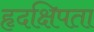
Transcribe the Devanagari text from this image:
हृदक्षिपता